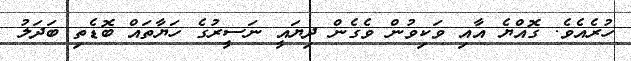
ހުރެއެވެ. ގޮއްޔެ އާއި ވަކިވުން ވެގެން ދިޔައީ ނަސީރުގެ ހަޔާތައް ބޮޑެތި ބަދަލު